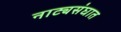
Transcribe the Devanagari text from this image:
नाट्यसंघात